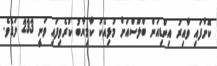
ކޮށްފައި ވާއިރު އިންޑިއަން ބްލޫސްއަށް މުޅިއެކު ކާމިޔާބު ކުރެވިފައި ވަނީ 233 ލަޑެވެ.